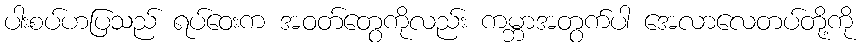
ပါးစပ်ဟပြသည် ရပ်ဝေးက အဝတ်တွေကိုလည်း ကမ္ဘာအတွက်ပါ အေလာလေတပ်တို့ကို